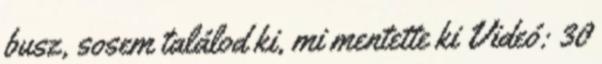
busz, sosem találod ki, mi mentette ki Videó: 30